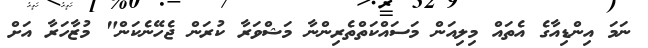
ނަމަ އިންޑިއާގެ އެތައް މިލިއަން މަސައްކަތްތެރިންނާ މަަޝްވަރާ ކުރަން ޖެހޭނެކަން" މުޒާހަރާ އަށް